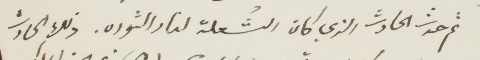
ثم حدث الحادث الذي كان الشعلة لنار الثورة. وذلك الحادث